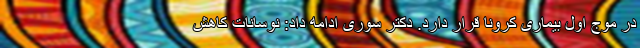
در موج اول بیماری کرونا قرار دارد. دکتر سوری ادامه داد: نوسانات کاهش